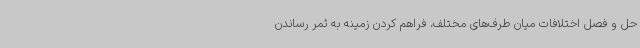
حل و فصل اختلافات میان طرف‌های مختلف، فراهم کردن زمینه به ثمر رساندن